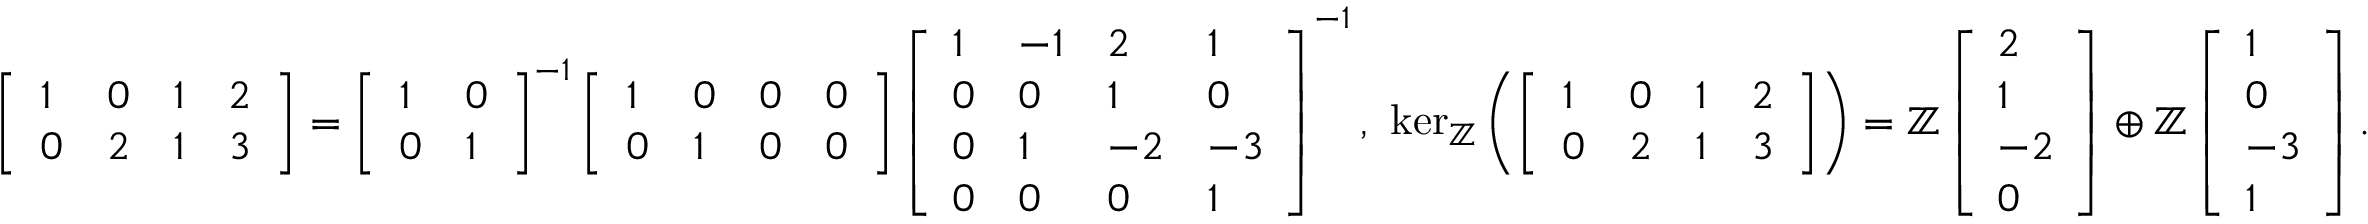
\begin{array} { r } { \left[ \begin{array} { l l l l } { 1 } & { 0 } & { 1 } & { 2 } \\ { 0 } & { 2 } & { 1 } & { 3 } \end{array} \right] = \left[ \begin{array} { l l } { 1 } & { 0 } \\ { 0 } & { 1 } \end{array} \right] ^ { - 1 } \left[ \begin{array} { l l l l } { 1 } & { 0 } & { 0 } & { 0 } \\ { 0 } & { 1 } & { 0 } & { 0 } \end{array} \right] \left[ \begin{array} { l l l l } { 1 } & { - 1 } & { 2 } & { 1 } \\ { 0 } & { 0 } & { 1 } & { 0 } \\ { 0 } & { 1 } & { - 2 } & { - 3 } \\ { 0 } & { 0 } & { 0 } & { 1 } \end{array} \right] ^ { - 1 } , \ \ker _ { \mathbb { Z } } \left( \left[ \begin{array} { l l l l } { 1 } & { 0 } & { 1 } & { 2 } \\ { 0 } & { 2 } & { 1 } & { 3 } \end{array} \right] \right) = \mathbb { Z } \left[ \begin{array} { l } { 2 } \\ { 1 } \\ { - 2 } \\ { 0 } \end{array} \right] \oplus \mathbb { Z } \left[ \begin{array} { l } { 1 } \\ { 0 } \\ { - 3 } \\ { 1 } \end{array} \right] . } \end{array}